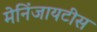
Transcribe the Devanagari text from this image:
मेनिंजायटीस